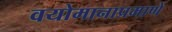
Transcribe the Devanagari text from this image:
वयोमानाप्रमाणे